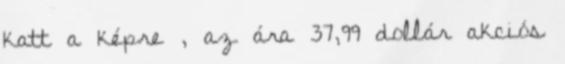
katt a képre , az ára 37,99 dollár akciós